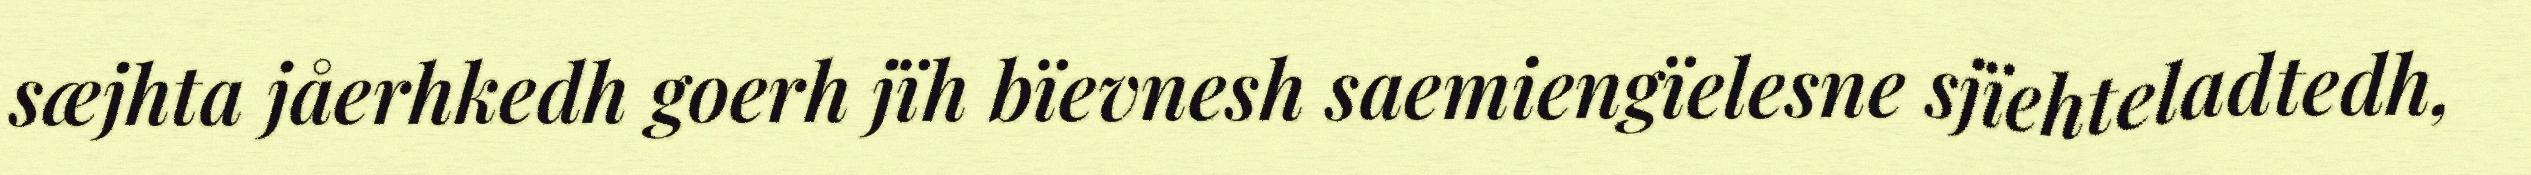
sæjhta jåerhkedh goerh jïh bïevnesh saemiengïelesne sjïehteladtedh,